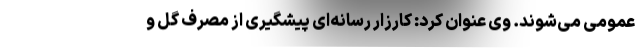
عمومی می‌شوند. وی عنوان کرد: کارزار رسانه‌ای پیشگیری از مصرف گل و